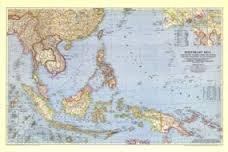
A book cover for National Geographic Map Southeast Asia and Pacific Islands From the Indies and the Philippines to the Solomons 1944; Travel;